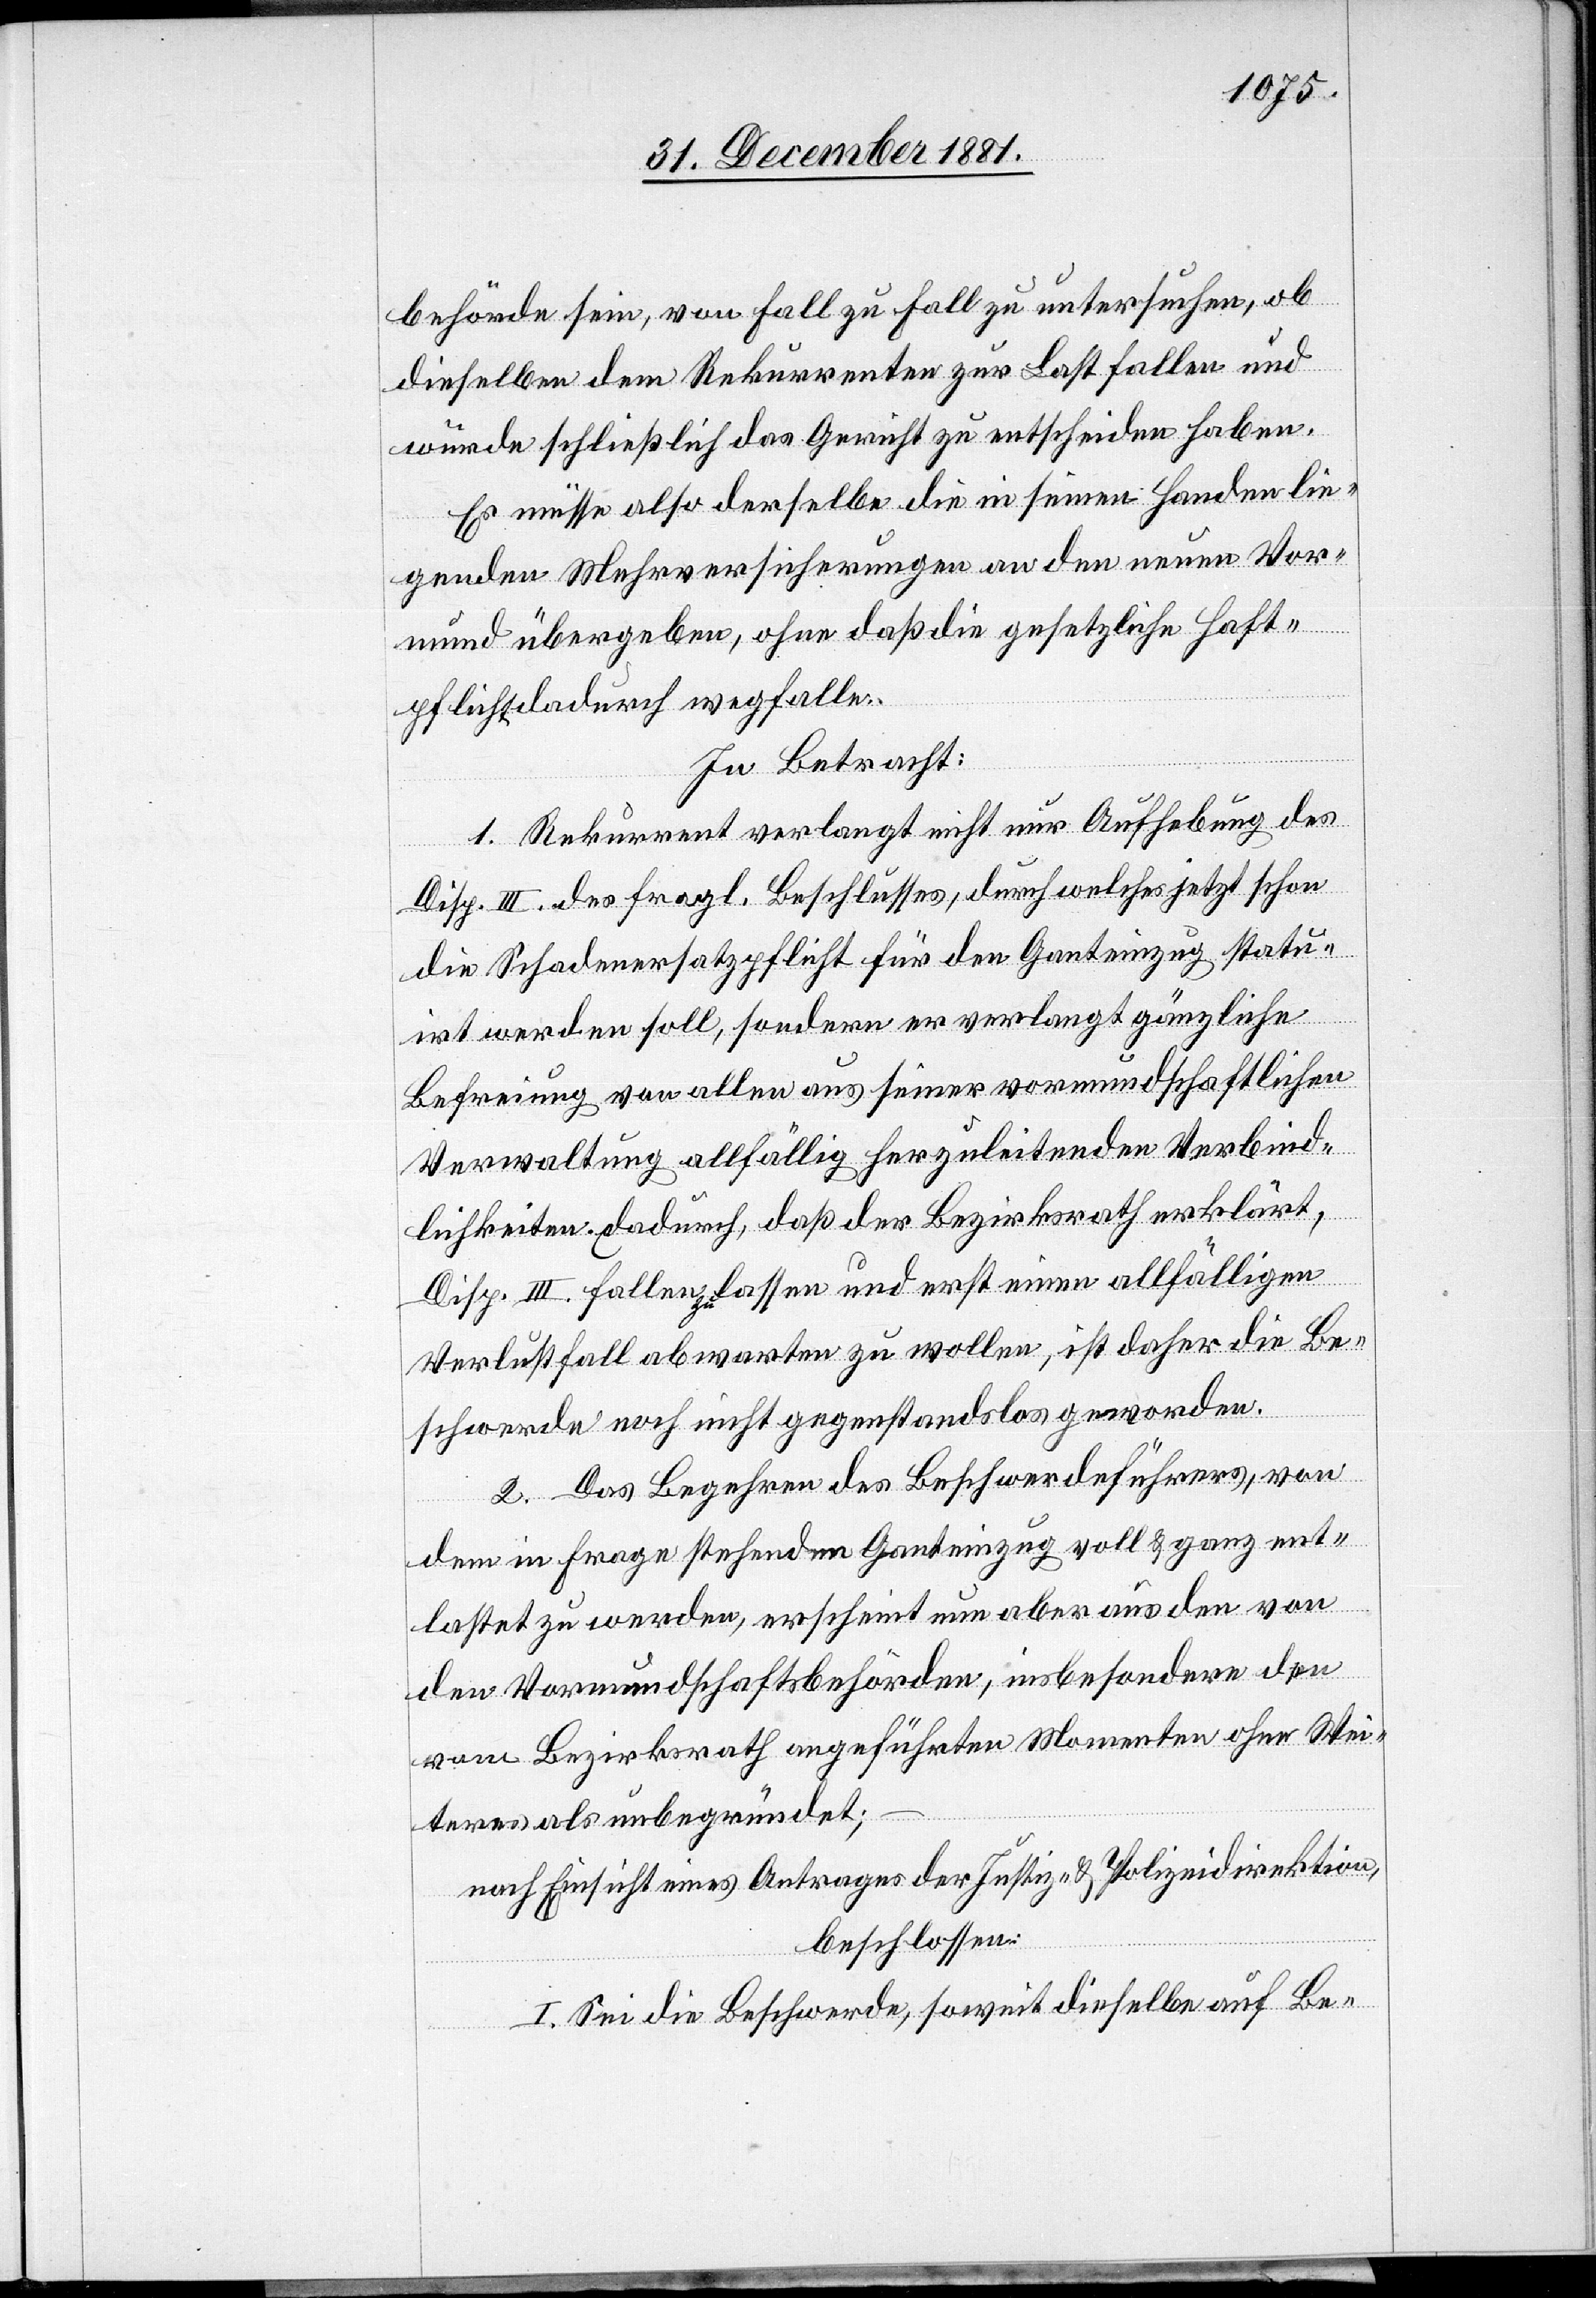
behörde sein, von Fall zu Fall zu untersuchen, ob
dieselben dem Rekurrenten zur Last fallen und
würde schließlich das Gericht zu entscheiden haben.
Es müsse also derselbe die in seinen Handen lie¬
genden Mehrversicherungen an den neuen Vor¬
mund übergeben, ohne daß die gesetzliche Haft¬
pflicht dadurch wegfalle.
In Betracht:
1. Rekurrent verlangt nicht nur Aufhebung des
Disp. III des fragl. Beschlusses, durch welches jetzt schon
die Schadenersatzpflicht für den Ganteinzug statu¬
irt werden soll, sondern er verlangt gänzliche
Befreiung von allen aus seiner vormundschaftlichen
Verwaltung allfällig herzuleitenden Verbind¬
lichkeiten. Dadurch, daß der Bezirksrath erklärt,
Disp. III fallenzulassen und erst einen allfälligen
Verlustfall abwarten zu wollen, ist daher die Be¬
schwerde noch nicht gegenstandslos geworden.
2. Das Begehren des Beschwerdeführers, von
dem in Frage stehenden Ganteinzug voll & ganz ent¬
lastet zu werden, erscheint nun aber aus den von
den Vormundschaftsbehörden, insbesondere den
vom Bezirksrath angeführten Momenten ohne Wei¬
teres als unbegründet;
nach Einsicht eines Antrages der Justiz- & Polizeidirektion,
beschlossen:
I. Sei die Beschwerde, soweit dieselbe auf Be-